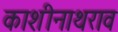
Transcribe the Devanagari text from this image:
काशीनाथराव